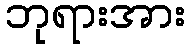
ဘုရားအား